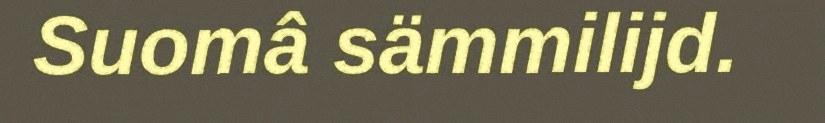
Suomâ sämmilijd.